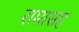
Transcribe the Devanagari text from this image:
रामासह